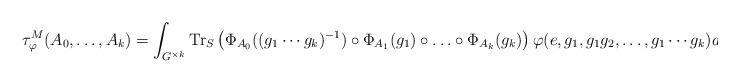
LaTeX: \begin{align*}\tau^M_\varphi (A_0,\ldots,A_k)&=\int_{G^{\times k}}{\rm Tr}_S\left(\Phi_{A_0}((g_1\cdots g_k)^{-1})\circ \Phi_{A_1}(g_1)\circ \ldots\circ \Phi_{A_k}(g_k)\right)\varphi(e,g_1,g_1g_2,\ldots,g_1\cdots g_k)dg_1\cdots dg_k\end{align*}